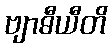
ဗျာဓီယီတိ